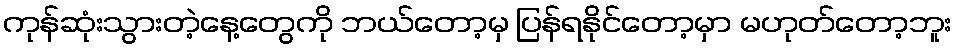
ကုန်ဆုံးသွားတဲ့နေ့တွေကို ဘယ်တော့မှ ပြန်ရနိုင်တော့မှာ မဟုတ်တော့ဘူး